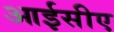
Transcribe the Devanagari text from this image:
आईसीए